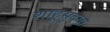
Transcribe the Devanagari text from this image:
शाहूसुद्धा